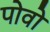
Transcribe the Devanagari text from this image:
पोवो